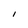
Character: I